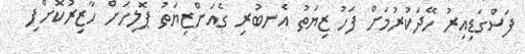
ފަސްގަޑިއިރު ހޭދަކުރުމަށް ފަހު ޒިޔަތު އެނބުރި ގެއަށްޒިޔަތުު ޕޮލިހަށް ހާޒިރުކޮށްފި